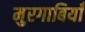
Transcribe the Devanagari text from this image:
मुरगाबियाँ